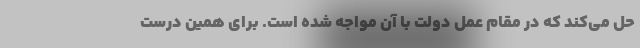
حل می‌کند که در مقام عمل دولت با آن مواجه شده است. برای همین درست